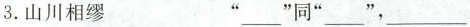
3.山川相缪 ”___”同”___”，”___”